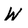
Character: W